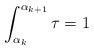
LaTeX: \begin{align*} \int_{\alpha_k}^{\alpha_{k+1}}\tau=1\end{align*}